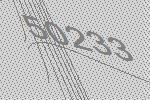
50233